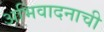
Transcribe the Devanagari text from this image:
अभिवादनाची